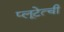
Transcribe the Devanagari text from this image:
प्लूटेत्ची